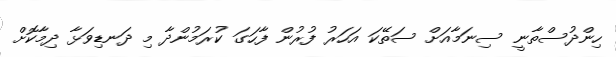
ހިންދުސްތާނީ ސިނަމާއަށް ސަތޭކަ އަހަރު ފުރުން ފާހަގަ ކުރަމުންދާ މި ދަނޑިވަޅާ ދިމާކޮށް